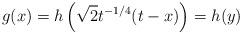
LaTeX: \begin{align*}g(x)=h\left(\sqrt{2} t^{-1/4}(t-x)\right)=h(y)\end{align*}